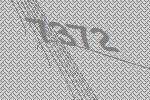
7372